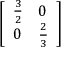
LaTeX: \left[ \begin{array} { l l } { { \frac { 3 } { 2 } } } & { 0 } \\ { 0 } & { { \frac { 2 } { 3 } } } \end{array} \right]